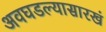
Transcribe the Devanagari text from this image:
अवघडल्यासारखं